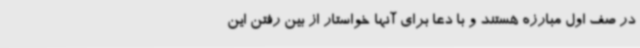
در صف اول مبارزه هستند و با دعا برای آنها خواستار از بین رفتن این